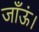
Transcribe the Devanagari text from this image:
जाँऊं।